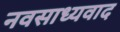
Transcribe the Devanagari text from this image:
नवसाध्यवाद